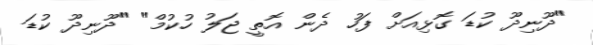
"ދޫނިދޫ ކުޑަ ގޮޅިއަށް ފަހު ދެން އޮތީ ޖަލު ހުކުމް" "ދޫނިދޫ ކުޑަ